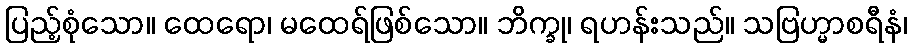
ပြည့်စုံသော။ ထေရော၊ မထေရ်ဖြစ်သော။ ဘိက္ခု၊ ရဟန်းသည်။ သဗြဟ္မာစရီနံ၊